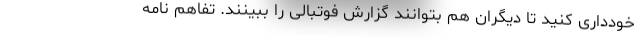
خودداری کنید تا دیگران هم بتوانند گزارش فوتبالی را ببینند. تفاهم نامه